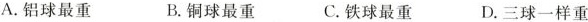
A.铝球最重 B.铜球最重 C.铁球最重 D.三球一样重